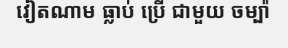
វៀតណាម ធ្លាប់ ប្រើ ជាមួយ ចម្ប៉ា